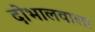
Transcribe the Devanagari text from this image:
दोभालवाला